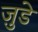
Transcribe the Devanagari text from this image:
जु़डे